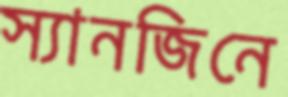
স্যানজিনে